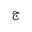
Letter: _gim